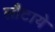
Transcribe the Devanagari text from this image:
लौटाये